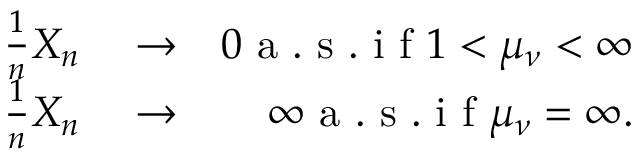
\begin{array} { r l r } { \frac { 1 } { n } X _ { n } } & { { } \rightarrow } & { 0 \mathrm { ~ a ~ . ~ s ~ . ~ i ~ f ~ } 1 < \mu _ { \nu } < \infty } \\ { \frac { 1 } { n } X _ { n } } & { { } \rightarrow } & { \infty \mathrm { ~ a ~ . ~ s ~ . ~ i ~ f ~ } \mu _ { \nu } = \infty . } \end{array}